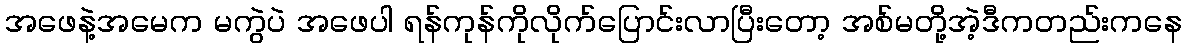
အဖေနဲ့အမေက မကွဲပဲ အဖေပါ ရန်ကုန်ကိုလိုက်ပြောင်းလာပြီးတော့ အစ်မတို့အဲ့ဒီကတည်းကနေ